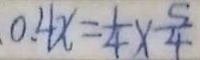
0 . 4 x = \frac { 1 } { 4 } \times \frac { 5 } { 4 }